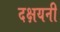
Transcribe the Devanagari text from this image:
दक्षयनी